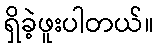
ရှိခဲ့ဖူးပါတယ်။